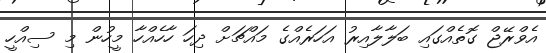
އެވްރޭޖް ގޮތެއްގައި ބަލާލާއިރު އަހަރެއްގެ މައްޗަށް ދިހަ ހާހެއްހާ މީހުން މި ސިއްހީ